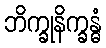
ဘိက္ခုနိက္ခန္ဓံ